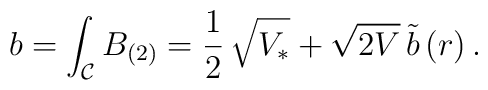
b = \int_{\mathcal{C}} B_{(2)} = \frac{1}{2} \,\sqrt{V_*} +\sqrt{2V}\, \tilde b\,(r) \,.